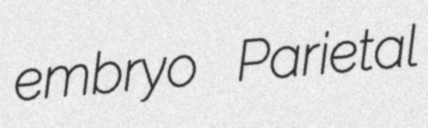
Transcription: embryo Parietal